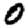
Digit: 0